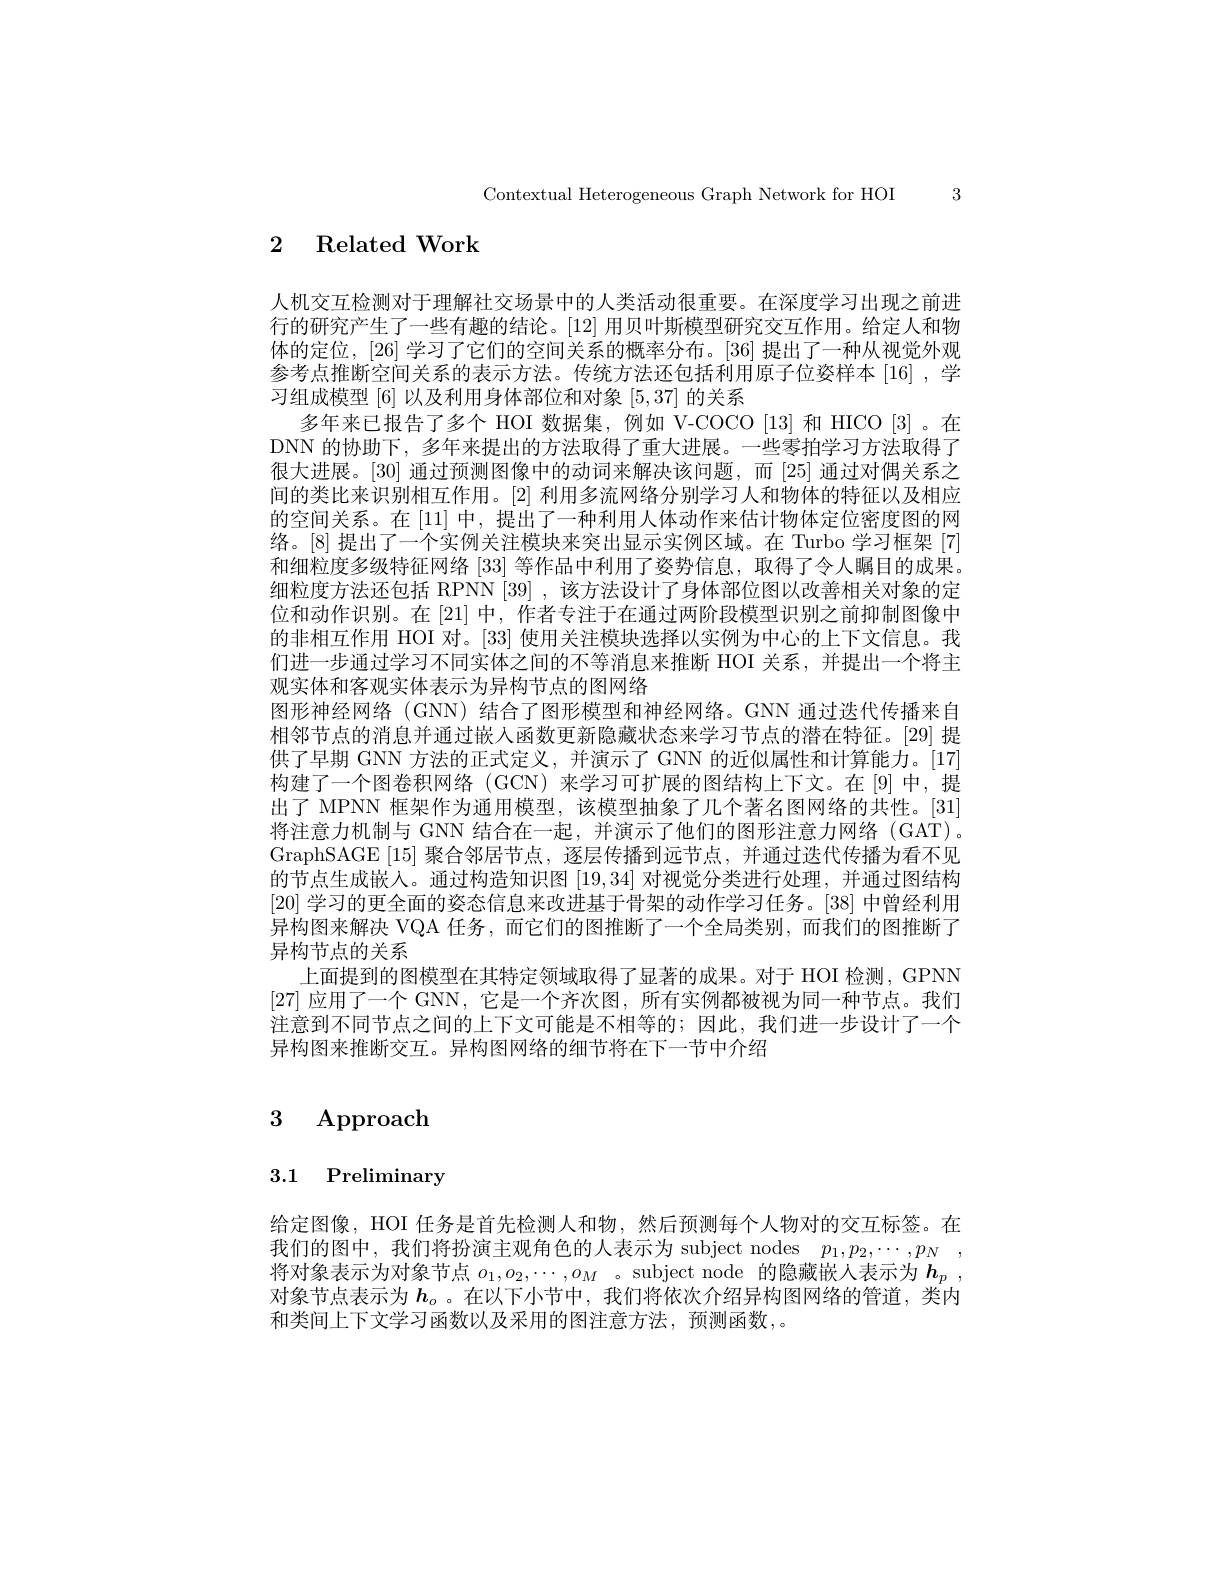
Contextual Heterogeneous Graph Network for HOI 3

## 2 Related Work

人机交互检测对于理解社交场景中的人类活动很重要。在深度学习出现之前进行的研究产生了一些有趣的结论。[12]用贝叶斯模型研究交互作用。给定人和物体的定位，[26] 学习了它们的空间关系的概率分布。[36] 提出了一种从视觉外观参考点推断空间关系的表示方法。传统方法还包括利用原子位姿样本[16],学习组成模型[6]以及利用身体部位和对象[5,37]的关系
多年来已报告了多个 HOI 数据集，例如 V-COCO [13] 和 HICO [3]。在DNN 的协助下，多年来提出的方法取得了重大进展。一些零拍学习方法取得了很大进展。[30] 通过预测图像中的动词来解决该问题，而 [25] 通过对偶关系之间的类比来识别相互作用。[2]利用多流网络分别学习人和物体的特征以及相应的空间关系。在[11]中，提出了一种利用人体动作来估计物体定位密度图的网络。[8]提出了一个实例关注模块来突出显示实例区域。在 Turbo 学习框架 [7] 和细粒度多级特征网络[33]等作品中利用了姿势信息，取得了令人瞩目的成果。细粒度方法还包括 RPNN [39] ,该方法设计了身体部位图以改善相关对象的定位和动作识别。在[21] 中，作者专注于在通过两阶段模型识别之前抑制图像中的非相互作用 HOI 对。[33] 使用关注模块选择以实例为中心的上下文信息。我们进一步通过学习不同实体之间的不等消息来推断 HOI 关系，并提出一个将主观实体和客观实体表示为异构节点的图网络
图形神经网络 (GNN) 结合了图形模型和神经网络。GNN 通过迭代传播来自相邻节点的消息并通过嵌人函数更新隐藏状态来学习节点的潜在特征。[29] 提供了早期 GNN 方法的正式定义，并演示了 GNN 的近似属性和计算能力。[17] 构建了一个图卷积网络 (GCN) 来学习可扩展的图结构上下文。在[9]中，提出了 MPNN 框架作为通用模型，该模型抽象了几个著名图网络的共性。[31] 将注意力机制与 GNN 结合在一起，并演示了他们的图形注意力网络(GAT)。GraphSAGE[15]聚合邻居节点，逐层传播到远节点，并通过迭代传播为看不见的节点生成嵌人。通过构造知识图[19,34]对视觉分类进行处理，并通过图结构[20]学习的更全面的姿态信息来改进基于骨架的动作学习任务。[38] 中曾经利用异构图来解决 VQA 任务，而它们的图推断了一个全局类别，而我们的图推断了异构节点的关系
上面提到的图模型在其特定领域取得了显著的成果。对于 HOI 检测，GPNN [27]应用了一个 GNN, 它是一个齐次图，所有实例都被视为同一种节点。我们注意到不同节点之间的上下文可能是不相等的；因此，我们进一步设计了一个异构图来推断交互。异构图网络的细节将在下一节中介绍

# 3 Approach

# 3.1 Preliminary

给定图像，HOI 任务是首先检测人和物，然后预测每个人物对的交互标签。在我们的图中，我们将扮演主观角色的人表示为 subject nodes $p_1, p_2, \cdots , p_N$ , 将对象表示为对象节点$o_1,o_2,\cdots,o_M$ 。subject node 的隐藏嵌人表示为$h_p$ , 对象节点表示为$h_o$ 。在以下小节中，我们将依次介绍异构图网络的管道，类内和类间上下文学习函数以及采用的图注意方法，预测函数，。